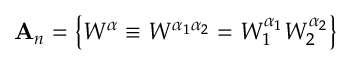
{ \bf \cal A } _ { n } = \left\{ W ^ { \alpha } \equiv W ^ { \alpha _ { 1 } \alpha _ { 2 } } = W _ { 1 } ^ { \alpha _ { 1 } } W _ { 2 } ^ { \alpha _ { 2 } } \right\}